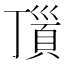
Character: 𩒆